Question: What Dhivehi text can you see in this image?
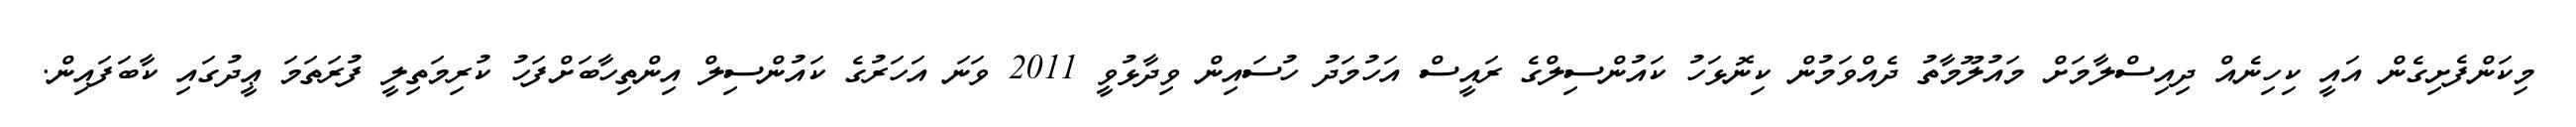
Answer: މިކަންފެށިގެން އައީ ކިހިނެއް ދިއިސްލާމަށް މައުލޫމާތު ދެއްވަމުން ކިނޮޅަހު ކައުންސިލްގެ ރައީސް އަހުމަދު ހުސައިން ވިދާޅުވީ 2011 ވަނަ އަހަރުގެ ކައުންސިލް އިންތިހާބަށްފަހު ކުރިމަތިލީ ފުރަތަމަ ޢީދުގައި ކާބަފައިން.